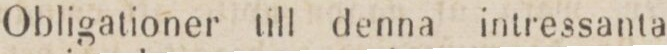
Obligationer till denna intressanta